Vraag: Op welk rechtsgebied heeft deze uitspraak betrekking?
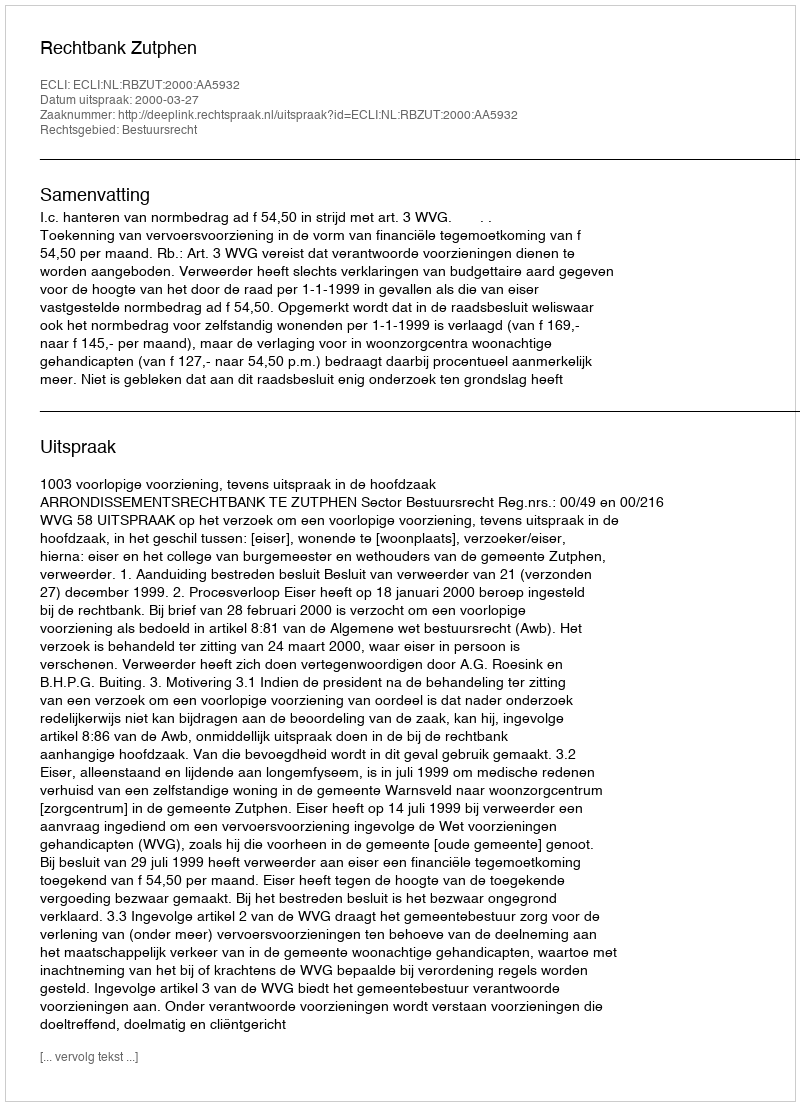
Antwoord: Bestuursrecht